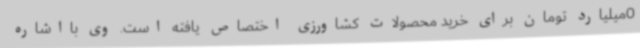
0میلیارد تومان برای خرید محصولات کشاورزی اختصاص یافته است. وی بااشاره